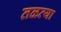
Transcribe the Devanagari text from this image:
तळव्या